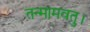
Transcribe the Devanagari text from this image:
तन्मामवतु।